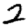
Digit: 2